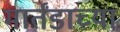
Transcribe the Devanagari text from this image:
मार्तंडाच्या